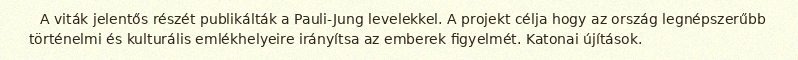
A viták jelentős részét publikálták a Pauli-Jung levelekkel. A projekt célja hogy az ország legnépszerűbb történelmi és kulturális emlékhelyeire irányítsa az emberek figyelmét. Katonai újítások.